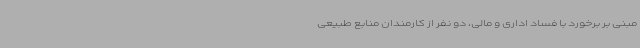
مبنی بر برخورد با فساد اداری و مالی، دو نفر از کارمندان منابع طبیعی